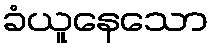
ခံယူနေသော